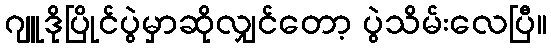
ဂျူဒိုပြိုင်ပွဲမှာဆိုလျှင်တော့ ပွဲသိမ်းလေပြီ။